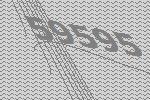
59595